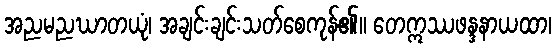
အညမညဃာတယုံ၊ အချင်းချင်းသတ်စေကုန်၏။ တေဣဿဖန္ဒနာယထာ၊